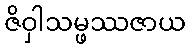
ဇိဝှါသမ္ဖဿဇာယ